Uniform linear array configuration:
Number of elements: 32
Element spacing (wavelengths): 0.75
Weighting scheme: binomial
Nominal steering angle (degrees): -60
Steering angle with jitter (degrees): -58.716
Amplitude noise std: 0.05
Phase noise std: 0.05

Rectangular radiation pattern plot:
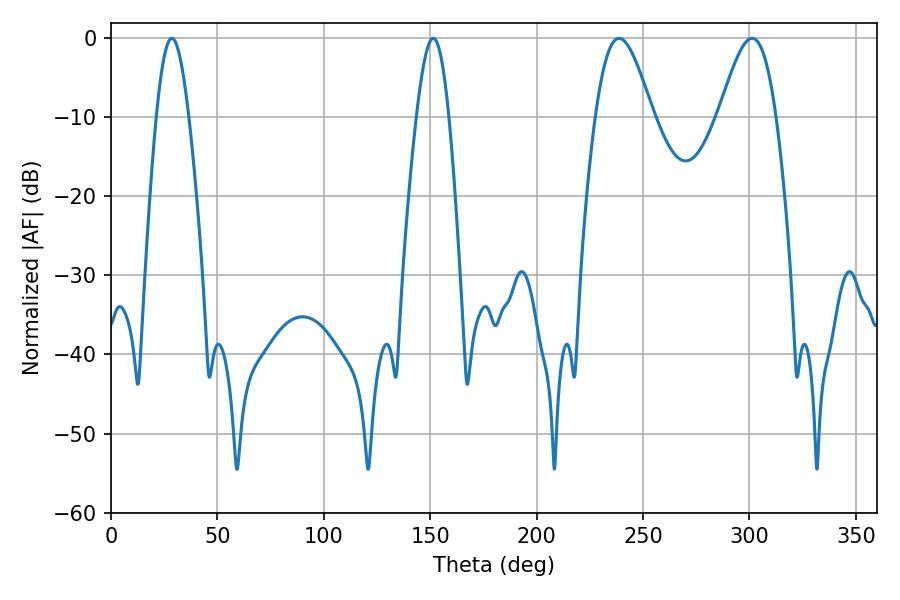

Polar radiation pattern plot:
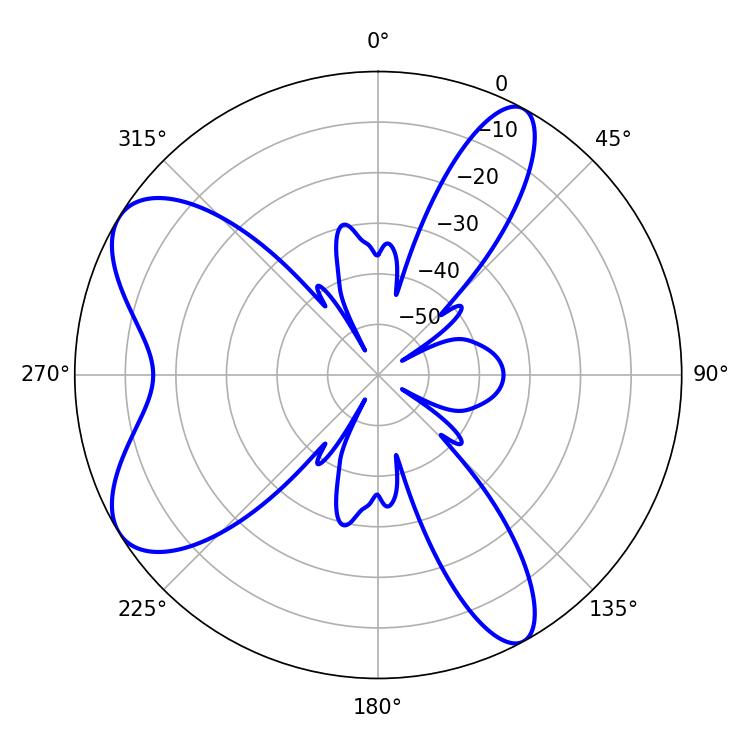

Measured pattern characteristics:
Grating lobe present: TRUE
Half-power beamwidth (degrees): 8.1
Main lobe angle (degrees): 28.62